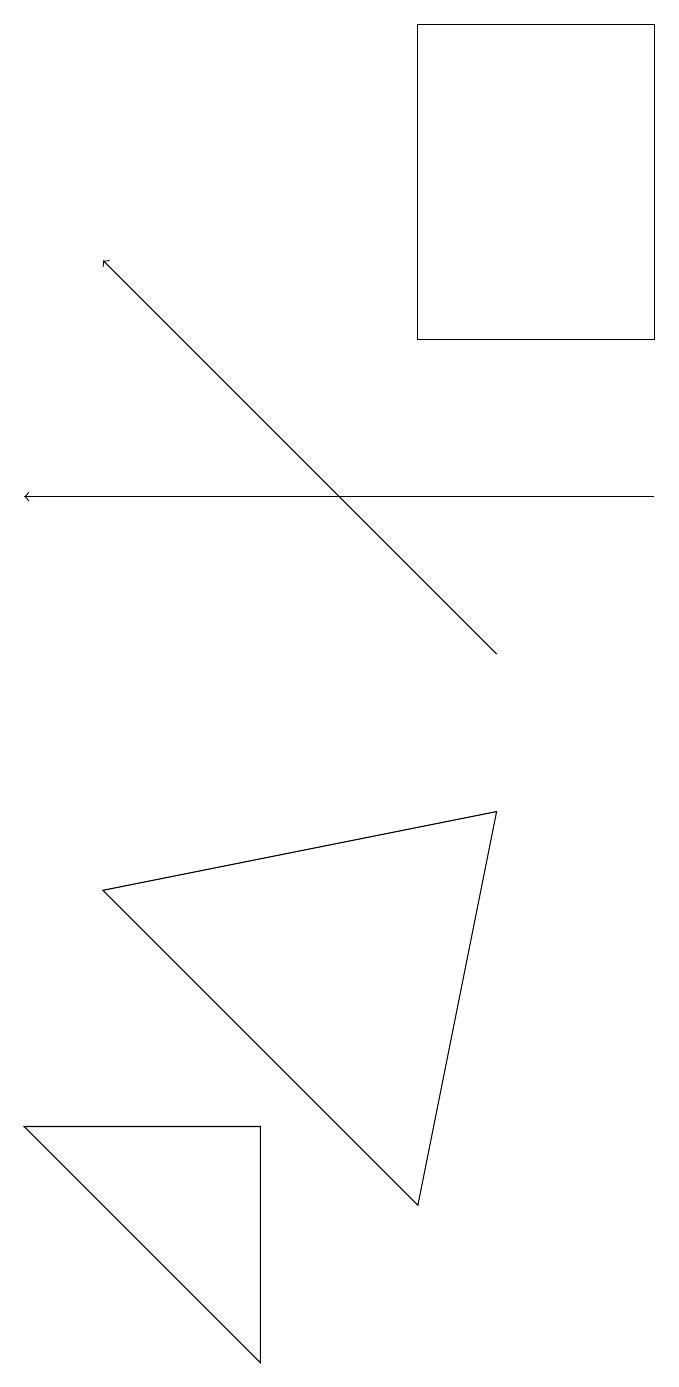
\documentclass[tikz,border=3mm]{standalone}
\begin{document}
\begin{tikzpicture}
\draw (5,15) rectangle (8,19);
\draw (5,4) -- (1,8) -- (6,9) -- cycle;
\draw[->] (8,13) -- (0,13);
\draw[->] (6,11) -- (1,16);
\draw (0,5) -- (3,2) -- (3,5) -- cycle;
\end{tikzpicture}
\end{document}